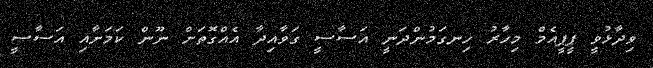
ވިދާޅުވީ ޕީޕީއެމް މިހާރު ހިނގަމުންދަނީ އަސާސީ ގަވާއިދާ އެއްގޮތަށް ނޫން ކަމަށާއި އަސާސީ